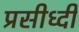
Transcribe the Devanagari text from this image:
प्रसीध्दी